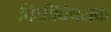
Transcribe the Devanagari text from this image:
विधीविषयक